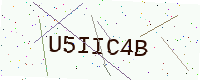
Text: U5IIC4B